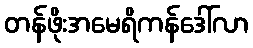
တန်ဖိုးအမေရိကန်ဒေါ်လာ